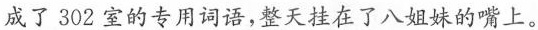
成了302室的专用词语，整天挂在了八姐珠的嘴二。